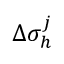
\Delta \sigma _ { h } ^ { j }